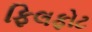
ફિલફોટ